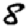
Digit: 8